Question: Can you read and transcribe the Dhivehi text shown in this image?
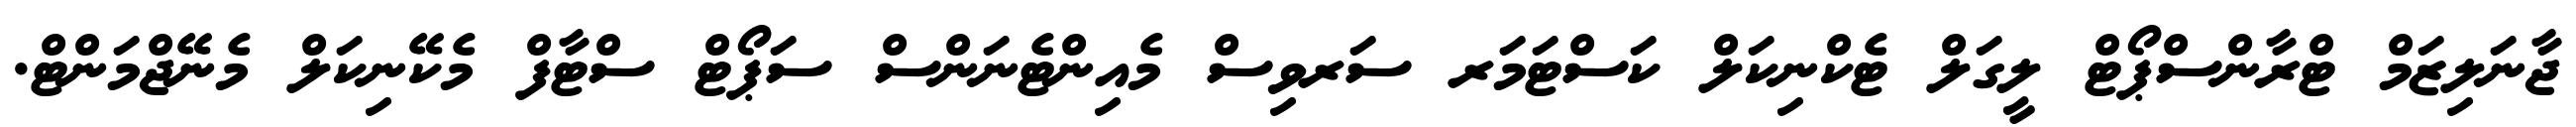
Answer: ޖާނަލިޒަމް ޓްރާންސްޕޯޓް ލީގަލް ޓެކްނިކަލް ކަސްޓަމަރ ސަރވިސް މެއިންޓެނަންސް ސަޕޯޓް ސްޓާފް މެކޭނިކަލް މެނޭޖްމަންޓް.